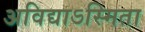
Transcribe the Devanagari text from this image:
अविद्याऽस्मिता